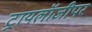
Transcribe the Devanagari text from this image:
ट्रायलॉजीपर